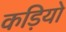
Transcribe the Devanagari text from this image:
कड़ियो